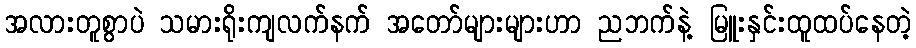
အလားတူစွာပဲ သမားရိုးကျလက်နက် အတော်များများဟာ ညဘက်နဲ့ မြူးနှင်းထူထပ်နေတဲ့